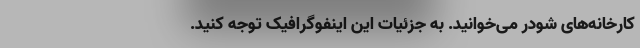
کارخانه‌های شودر می‌خوانید. به جزئیات این اینفوگرافیک توجه کنید.